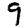
Digit: 9